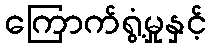
ကြောက်ရွံ့မှုနှင့်